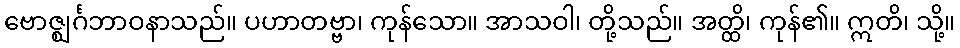
ဗောဇ္ဈင်္ဂဘာဝနာသည်။ ပဟာတဗ္ဗာ၊ ကုန်သော။ အာသဝါ၊ တို့သည်။ အတ္ထိ၊ ကုန်၏။ ဣတိ၊ သို့။